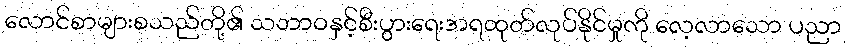
လောင်စာများစသည်တို့၏ သဘာဝနှင့်စီးပွားရေးအရထုတ်လုပ်နိုင်မှုကို လေ့လာသော ပညာ